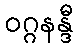
ဝဂ္ဂနန္ဒီ